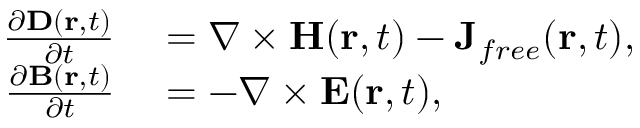
\begin{array} { r l } { \frac { \partial \boldsymbol { \mathbf { D } } ( \boldsymbol { \mathbf { r } } , t ) } { \partial t } } & { { } = \nabla \times \boldsymbol { \mathbf { H } } ( \boldsymbol { \mathbf { r } } , t ) - \mathbf { J } _ { { f r e e } } ( \boldsymbol { \mathbf { r } } , t ) , } \\ { \frac { \partial \boldsymbol { \mathbf { B } } ( \boldsymbol { \mathbf { r } } , t ) } { \partial t } } & { { } = - \nabla \times \boldsymbol { \mathbf { E } } ( \boldsymbol { \mathbf { r } } , t ) , } \end{array}